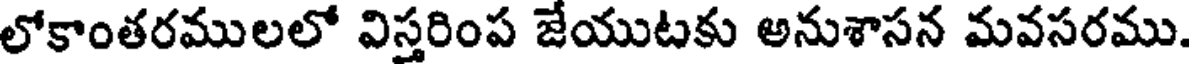
లోకాంతరములలో విస్తరింప జేయుటకు అనుశాసన మవసరము